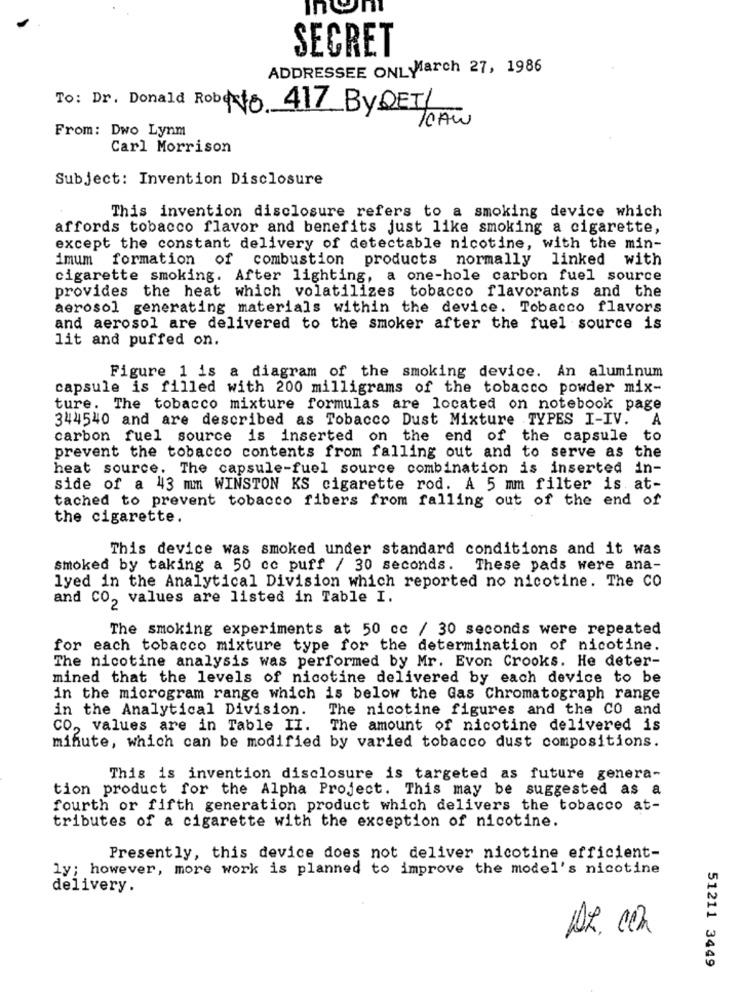
SECRET
ADDRESSEE ONL March 27, 1986
To: Dr. Donald Robe No. 417_ByDET/
From: Dwo Lynm
Carl Morrison
Subject: Invention Disclosure
This invention disclosure refers to a smoking device which
affords tobacco flavor and benefits just like smoking a cigarette,
except the constant delivery of detectable nicotine, with the min-
imum formation of combustion products normally
linked with
cigarette smoking. After lighting, a one-hole carbon fuel source
provides the heat which volatilizes tobacco flavorants and the
aerosol generating materials within the device. Tobacco flavors
and aerosol are delivered to the smoker after the fuel source is
lit and puffed on.
Figure 1 is a diagram of the smoking device. An aluminum
capsule is filled with 200 milligrams of the tobacco powder mix-
ture. The tobacco mixture formulas are located on notebook page
344540 and are described as Tobacco Dust Mixture TYPES I-IV. A
carbon fuel source is inserted on the end of the capsule to
prevent the tobacco contents from falling out and to serve as the
heat source. The capsule-fuel source combination is inserted in-
side of a 43 mm WINSTON KS cigarette rod. A 5 mm filter is at-
tached to prevent tobacco fibers from falling out of the end of
the cigarette.
This device was smoked under standard conditions and it was
smoked by taking a 50 cc puff / 30 seconds. These pads were ana-
lyed in the Analytical Division which reported no nicotine. The CO
and CO, values are listed in Table I.
The smoking experiments at 50 cc / 30 seconds were repeated
for each tobacco mixture type for the determination of nicotine.
The nicotine analysis was performed by Mr. Evon Crooks. He deter-
mined that the levels of nicotine delivered by each device to be
in the microgram range which is below the Gas Chromatograph range
in the Analytical Division.
The nicotine figures and the CO and
CO, values are in Table II. The amount of nicotine delivered is
minute, which can be modified by varied tobacco dust compositions.
This is invention disclosure is targeted as future genera-
tion product for the Alpha Project. This may be suggested as a
fourth or fifth generation product which delivers the tobacco at-
tributes of a cigarette with the exception of nicotine.
Presently, this device does not deliver nicotine efficient-
ly; however, more work is planned to improve the model's nicotine
delivery.
DR. Com
51211 3449